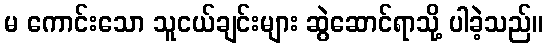
မ ကောင်းသော သူငယ်ချင်းများ ဆွဲဆောင်ရာသို့ ပါခဲ့သည်။